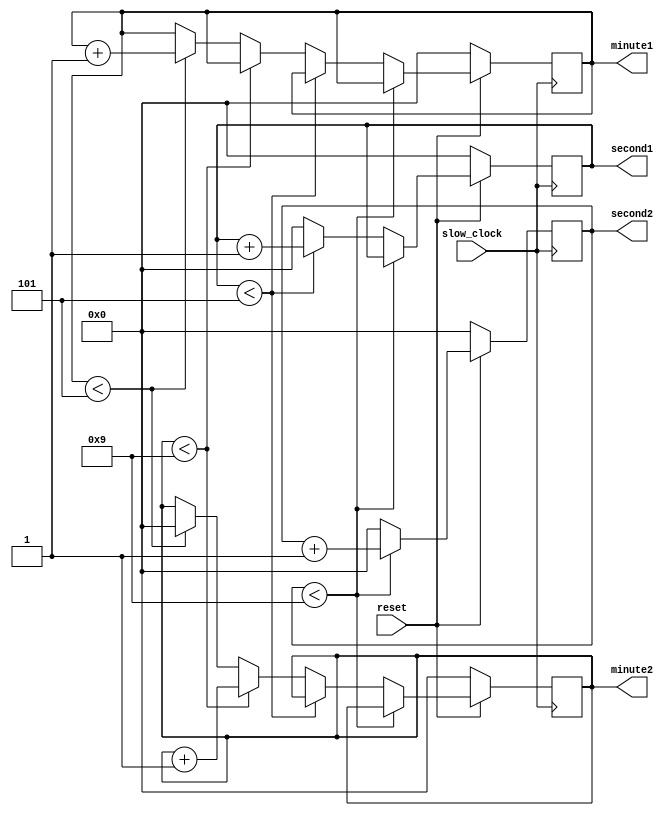
module timer( slow_clock, minute1, minute2, second1, second2, reset );

input wire slow_clock, reset; 
output reg [3:0] minute1, minute2, second1, second2;

always @( posedge slow_clock ) begin
	if( !reset ) begin
		second2 = 0; 
		second1 = 0; 
		minute2 = 0; 
		minute1 = 0; 
	end
	else begin
		if( second2 < 9) begin
			 second2 <= second2 + 1'b1;
		end
		else if( second1 < 5 ) begin
			 second2 <= 4'b0000;
			 second1 <= second1 + 1'b1;
		end
		else begin
			second1 <= 4'b0000;
			second2 <= 4'b0000;
			if( minute2 < 9 ) begin
				minute2 <= minute2 + 1'b1; 
			end
			else if( minute1 < 5 ) begin
				minute2 <= 4'b0000; 
				minute1 <= minute1 + 1'b1; 
			end
			else begin
			end
		end
	end
end
endmodule